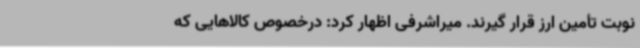
نوبت تأمین ارز قرار گیرند. میراشرفی اظهار کرد: درخصوص کالاهایی که